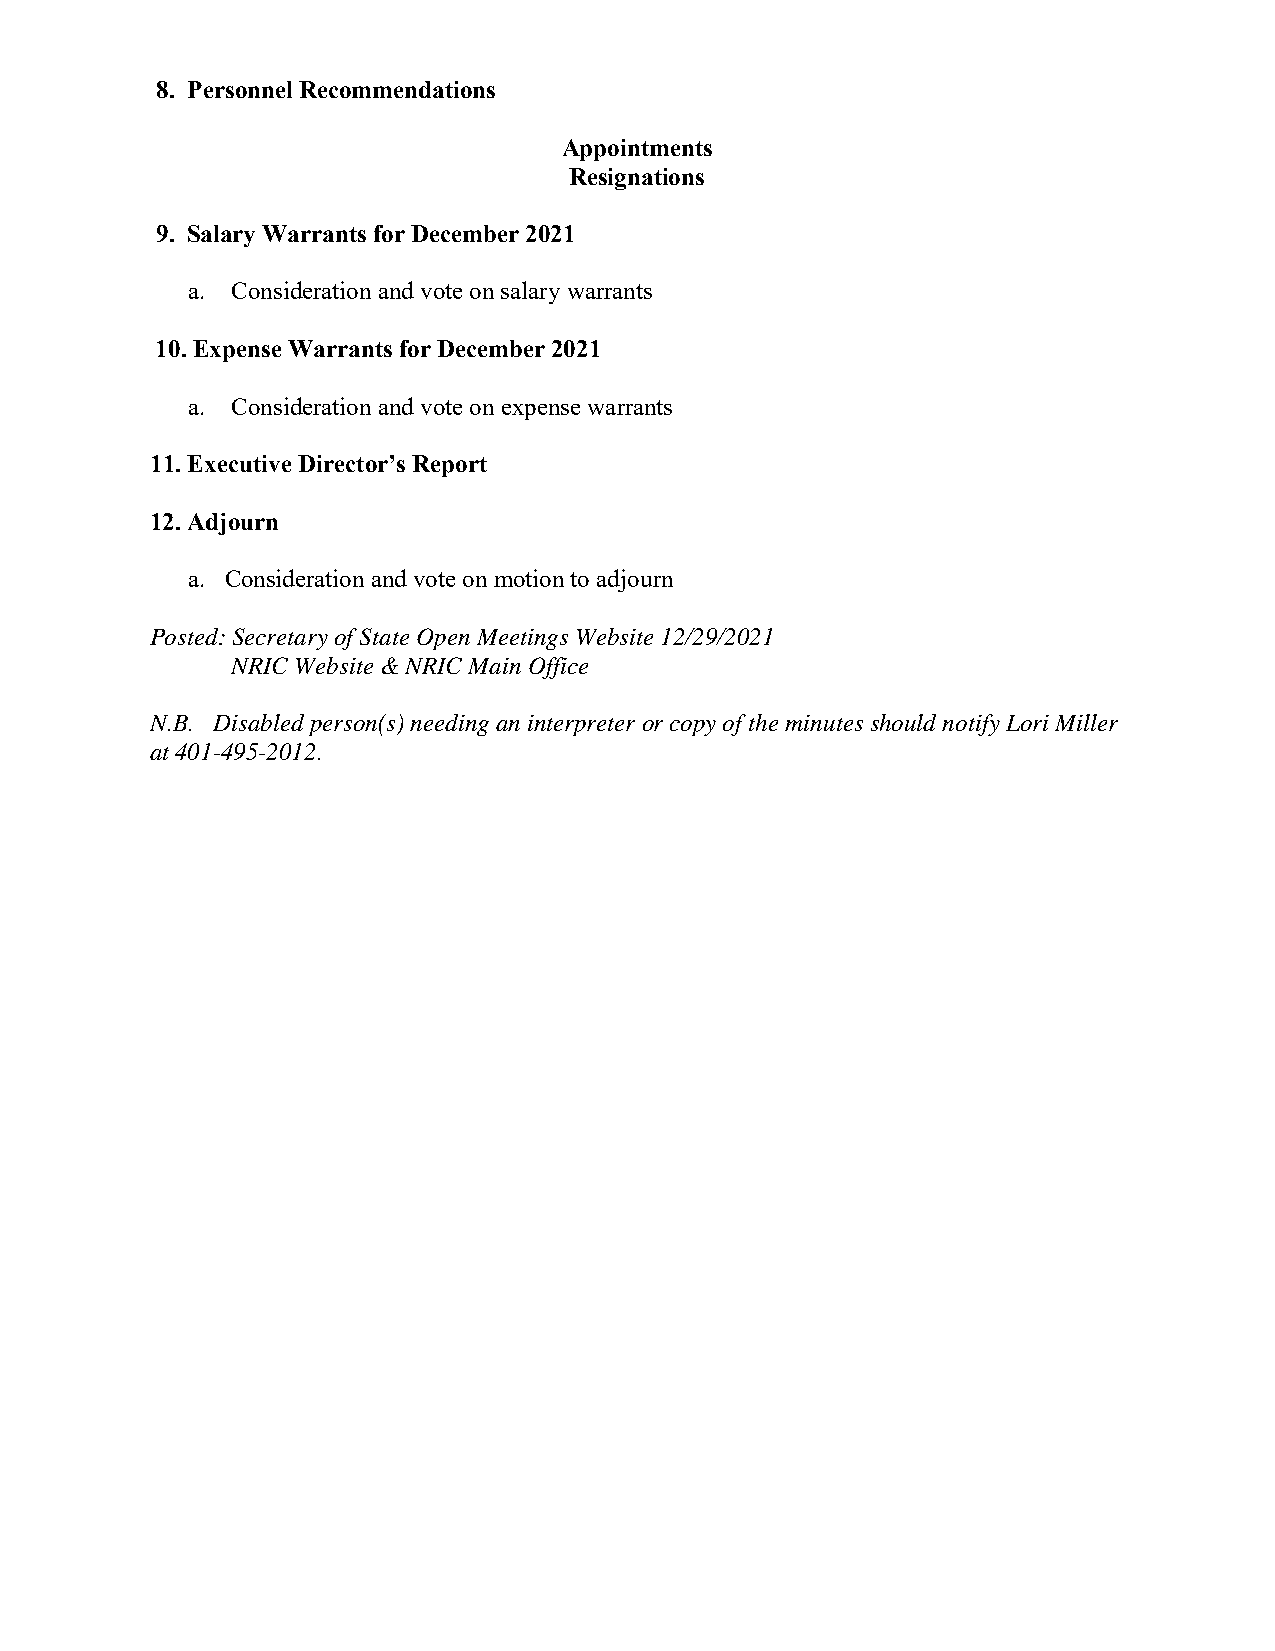
8. Personnel Recommendations
 Appointments
 Resignations
 9. Salary Warrants for December 2021
 a. Consideration and vote on salary warrants
 10. Expense Warrants for December 2021
 a. Consideration and vote on expense warrants
 11. Executive Director’s Report
 12. Adjourn
 a. Consideration and vote on motion to adjourn
 Posted: Secretary of State Open Meetings Website 12/29/2021
 NRIC Website & NRIC Main Office
 N.B. Disabled person(s) needing an interpreter or copy of the minutes should notify Lori Miller
 at 401-495-2012.